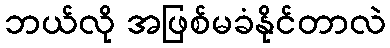
ဘယ်လို အဖြစ်မခံနိုင်တာလဲ